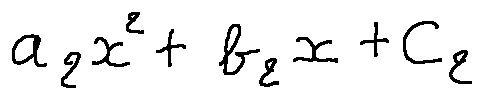
a _ { 2 } x ^ { 2 } + b _ { 2 } x + c _ { 2 }